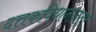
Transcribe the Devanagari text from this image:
दत्तकविधानानंतर